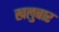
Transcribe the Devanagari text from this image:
खलुबार